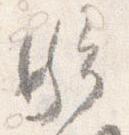
騎